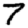
Digit: 7